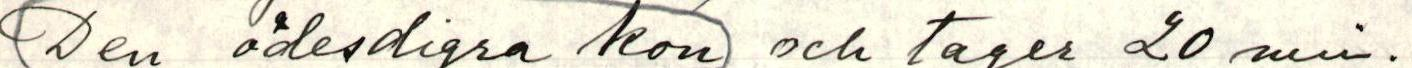
(Den ödesdigra kon) och tager 20 min.